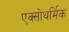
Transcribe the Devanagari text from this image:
एक्सोथर्मिक